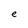
Character: e